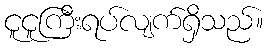
ငူငူကြီးရပ်လျက်ရှိသည်။